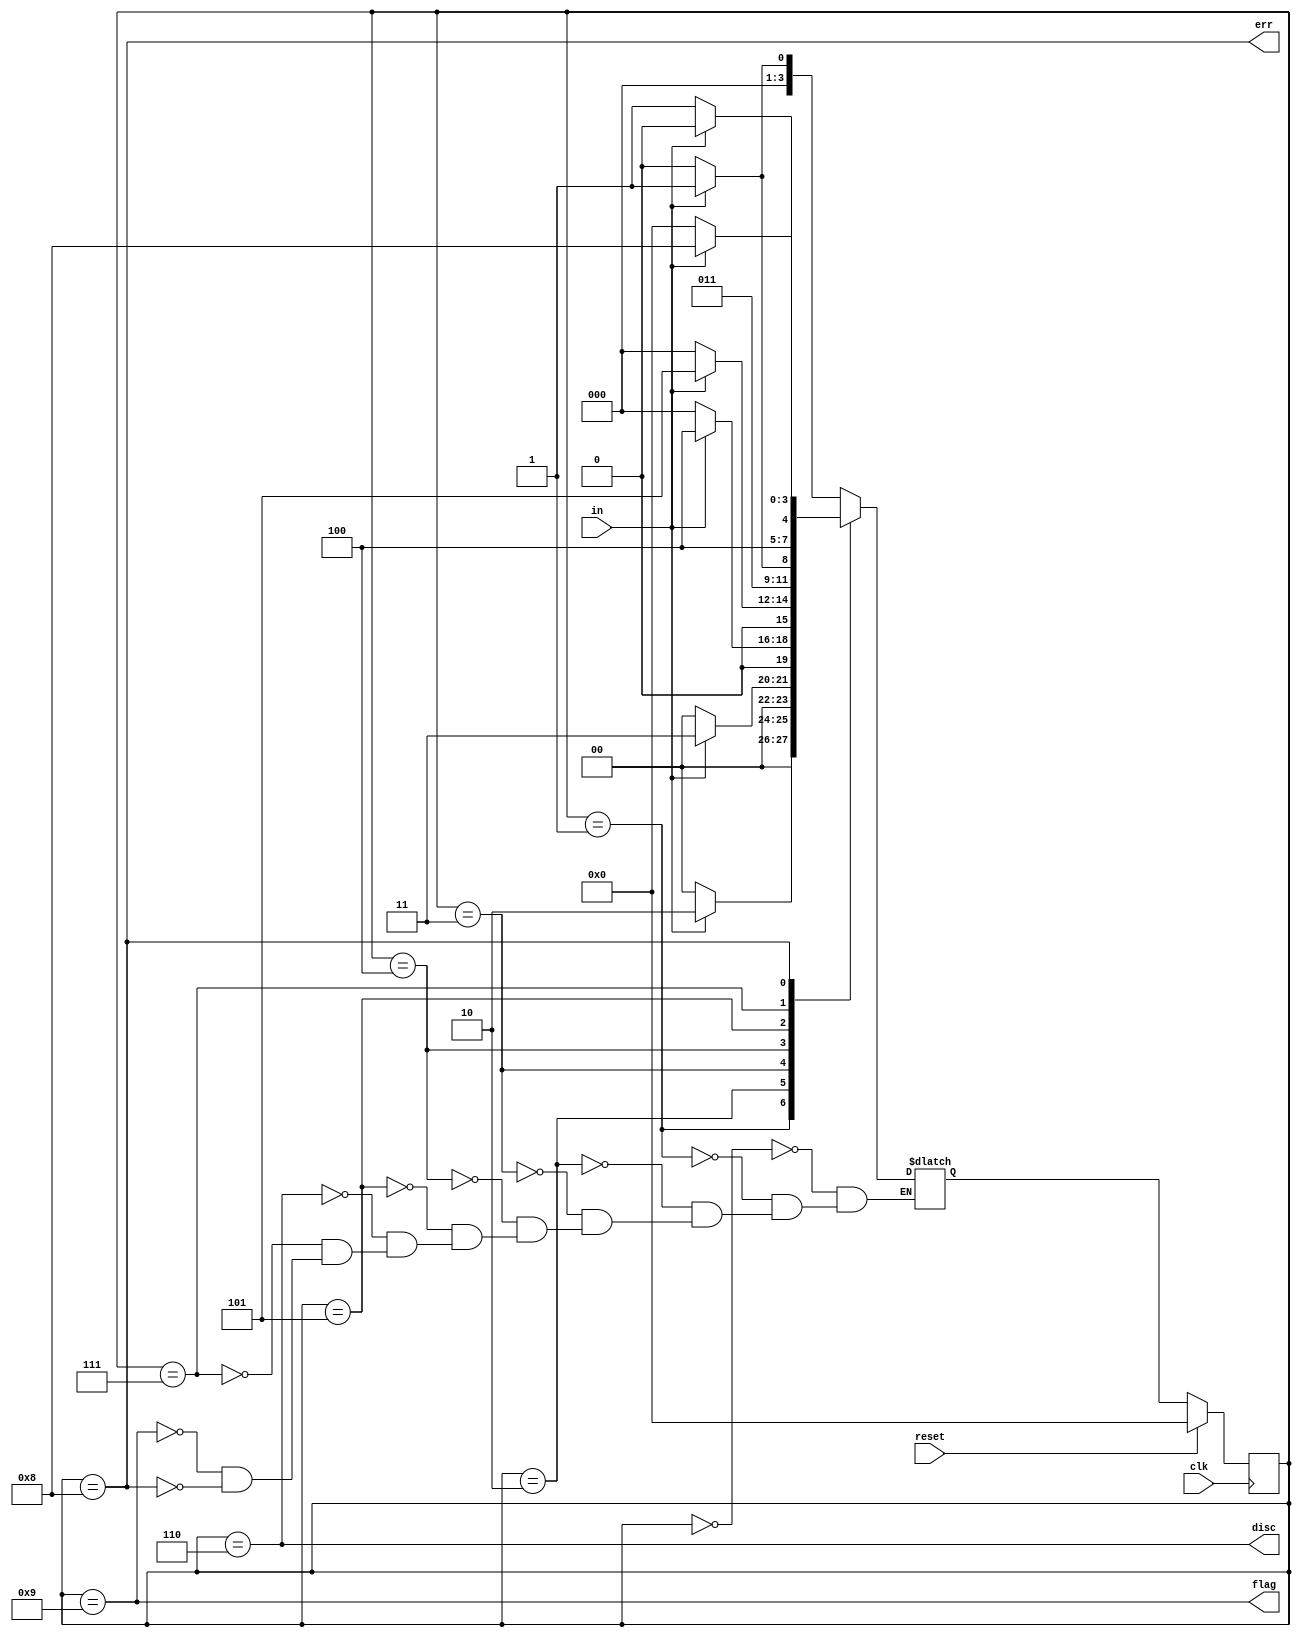
module top_module(
    input clk,
    input reset,    // Synchronous reset
    input in,
    output disc,
    output flag,
    output err);
    parameter s0=0,s1=1,s2=2,s3=3,s4=4,s5=5,s6=6,s7=7,s8=8,s9=9;
    reg[3:0] state , next;
    always@(*)begin
        case(state)
            s0: next = in ? s1 : s0 ;
            s1: next = in ? s2 : s0 ;
            s2: next = in ? s3 : s0 ;
            s3: next = in ? s4 : s0 ;
            s4: next = in ? s5 : s0 ;
            s5: next = in ? s7 : s6 ;
            s6: next = in ? s1 : s0 ;//disc
            s7: next = in ? s8 : s9 ;
            s9: next = in ? s1 : s0 ;//flag
            s8: next = in? s8 : s0;//err
        endcase
    end
    always@(posedge clk) begin
        if(reset) state <= s0;
    else state<=next;
    end
    assign disc = (state==s6);
    assign flag = (state==s9);
    assign err = (state==s8);
endmodule